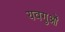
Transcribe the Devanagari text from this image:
यवगुओं